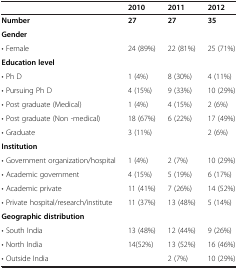
<table><thead><tr><td><b> </b></td><td><b>2010</b></td><td><b>2011</b></td><td><b>2012</b></td></tr></thead><tbody><tr><td><b>Number</b></td><td><b>27</b></td><td><b>27</b></td><td><b>35</b></td></tr><tr><td><b>Gender</b></td><td> </td><td> </td><td> </td></tr><tr><td>• Female</td><td>24 (89%)</td><td>22 (81%)</td><td>25 (71%)</td></tr><tr><td><b>Education level</b></td><td> </td><td> </td><td> </td></tr><tr><td>• Ph D</td><td>1 (4%)</td><td>8 (30%)</td><td>4 (11%)</td></tr><tr><td>• Pursuing Ph D</td><td>4 (15%)</td><td>9 (33%)</td><td>10 (29%)</td></tr><tr><td>• Post graduate (Medical)</td><td>1 (4%)</td><td>4 (15%)</td><td>2 (6%)</td></tr><tr><td>• Post graduate (Non -medical)</td><td>18 (67%)</td><td>6 (22%)</td><td>17 (49%)</td></tr><tr><td>• Graduate</td><td>3 (11%)</td><td> </td><td>2 (6%)</td></tr><tr><td><b>Institution</b></td><td> </td><td> </td><td> </td></tr><tr><td>• Government organization/hospital</td><td>1 (4%)</td><td>2 (7%)</td><td>10 (29%)</td></tr><tr><td>• Academic government</td><td>4 (15%)</td><td>5 (19%)</td><td>6 (17%)</td></tr><tr><td>• Academic private</td><td>11 (41%)</td><td>7 (26%)</td><td>14 (52%)</td></tr><tr><td>• Private hospital/research/institute</td><td>11 (37%)</td><td>13 (48%)</td><td>5 (14%)</td></tr><tr><td><b>Geographic distribution</b></td><td> </td><td> </td><td> </td></tr><tr><td>• South India</td><td>13 (48%)</td><td>12 (44%)</td><td>9 (26%)</td></tr><tr><td>• North India</td><td>14(52%)</td><td>13 (52%)</td><td>16 (46%)</td></tr><tr><td>• Outside India</td><td> </td><td>2 (7%)</td><td>10 (29%)</td></tr></tbody></table>